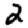
Digit: 2